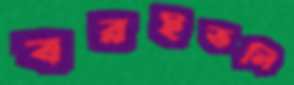
বরইতলি